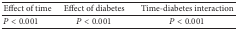
| Effect of time | Effect of diabetes | Time-diabetes interaction |
 | --- | --- | --- |
 | P < 0.001 | P < 0.001 | P < 0.001 |